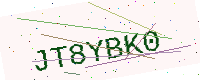
Text: JT8YBK0